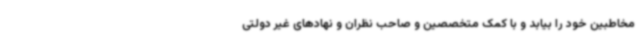
مخاطبین خود را بیابد و با کمک متخصصین و صاحب نظران و نهادهای غیر دولتی